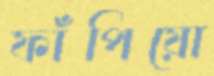
ফাঁপিয়ো